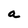
Character: a